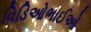
વિડિઓભાઈઓ